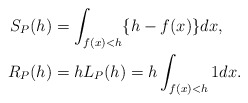
\begin{align*} \begin{aligned} S_P(h)&=\int _{f(x)<h}\{h-f(x)\}dx,\\ R_P(h)&= hL_P(h)=h\int _{f(x)<h}1dx. \end{aligned} \end{align*}